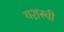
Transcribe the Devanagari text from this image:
यश़स्वी